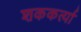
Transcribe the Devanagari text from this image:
शककर्त्या